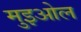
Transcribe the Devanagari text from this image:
मुइओल